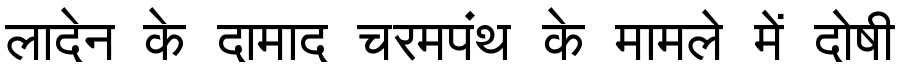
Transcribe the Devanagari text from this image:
लादेन के दामाद चरमपंथ के मामले में दोषी